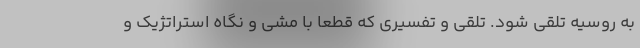
به روسیه تلقی شود. تلقی و تفسیری که قطعا با مشی و نگاه استراتژیک و